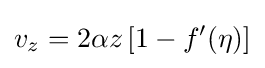
v_{z}=2\alpha z\left[1-f'(\eta )\right]